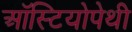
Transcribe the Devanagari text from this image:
ऑस्टियोपेथी